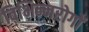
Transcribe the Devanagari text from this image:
विभिन्नरोगों